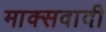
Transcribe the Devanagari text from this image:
माक्सवादी